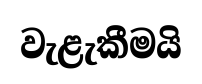
වැළැකීමයි